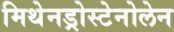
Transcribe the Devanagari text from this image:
मिथेनड्रोस्टेनोलेन